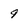
Character: 9